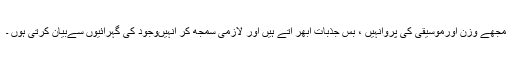
مجھے وزن اورموسیقی کی پروانہیں ، بس جذبات ابھر آتے ہیں اور لازمی سمجھ کر انہیںوجود کی گہرائیوں سےبیان کرتی ہوں ۔